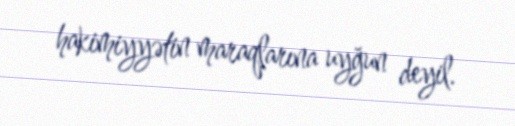
hakimiyyətin maraqlarına uyğun deyil.